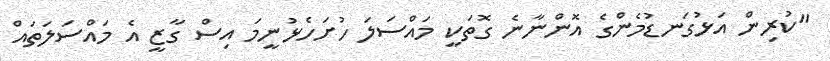
"ކުރިން އަޅުގަނޑުމެންގެ އޮންނާނެ ގޮތަކީ މައްސަލަ ހުށަހެޅުނީމަ އިސް ގާޒީ އެ މައްސަލަތައް